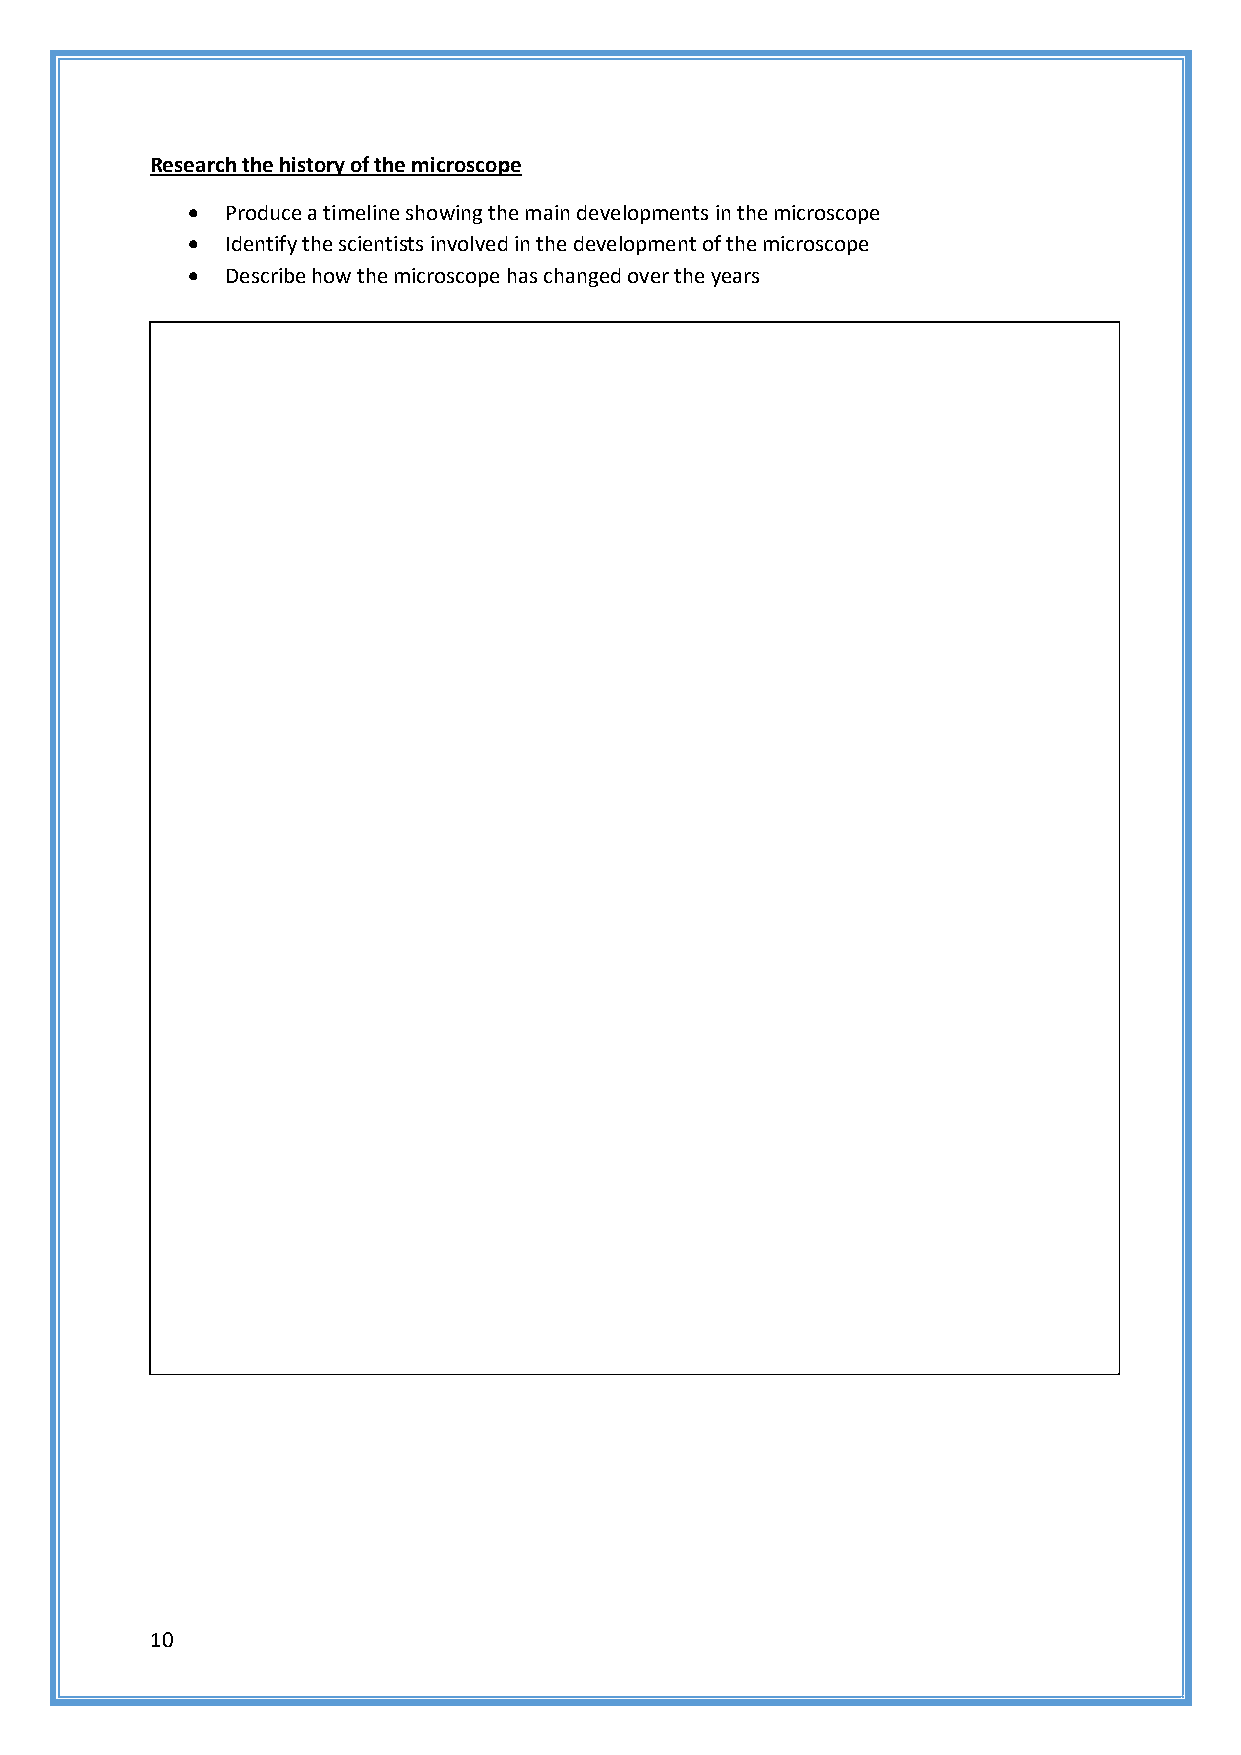
Research the history of the microscope
   Produce a timeline showing the main developments in the microscope
   Identify the scientists involved in the development of the microscope
   Describe how the microscope has changed over the years
 10